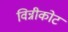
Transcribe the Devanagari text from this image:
विन्नीकोट